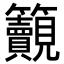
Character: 𥸚